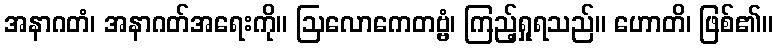
အနာဂတံ၊ အနာဂတ်အရေးကို။ ဩလောကေတဗ္ဗံ၊ ကြည့်ရှုရသည်။ ဟောတိ၊ ဖြစ်၏။